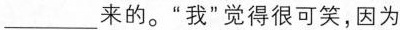
___来的。”我”觉得很可笑，因为